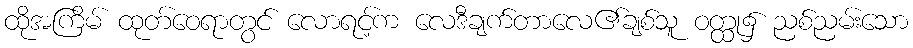
ထိုအကြိမ် ထုတ်ဝေရာတွင် လောရင့်က လေဒီချက်တာလေ၏ချစ်သူ ဝတ္ထု၌ ညစ်ညမ်းသော